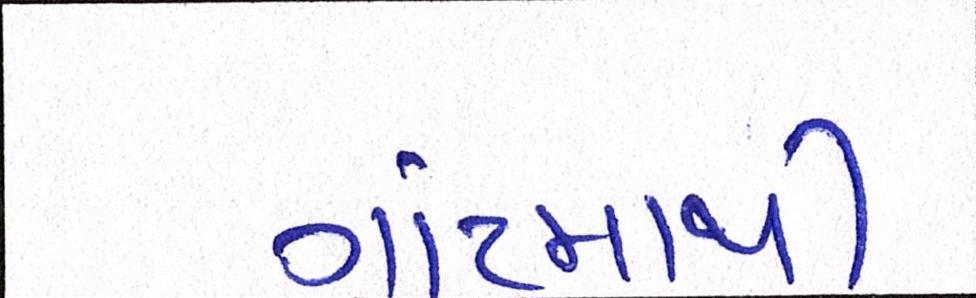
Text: ગ્રાંટમાથી